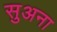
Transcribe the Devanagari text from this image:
सुअना